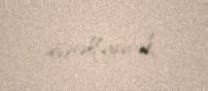
dəstəkləyəcək.